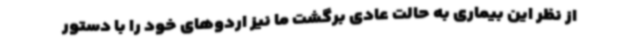
از نظر این بیماری به حالت عادی برگشت ما نیز اردوهای خود را با دستور